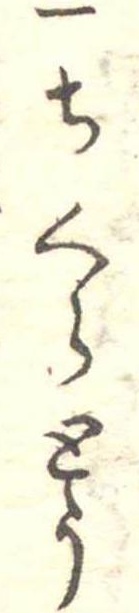
一ちくうとう